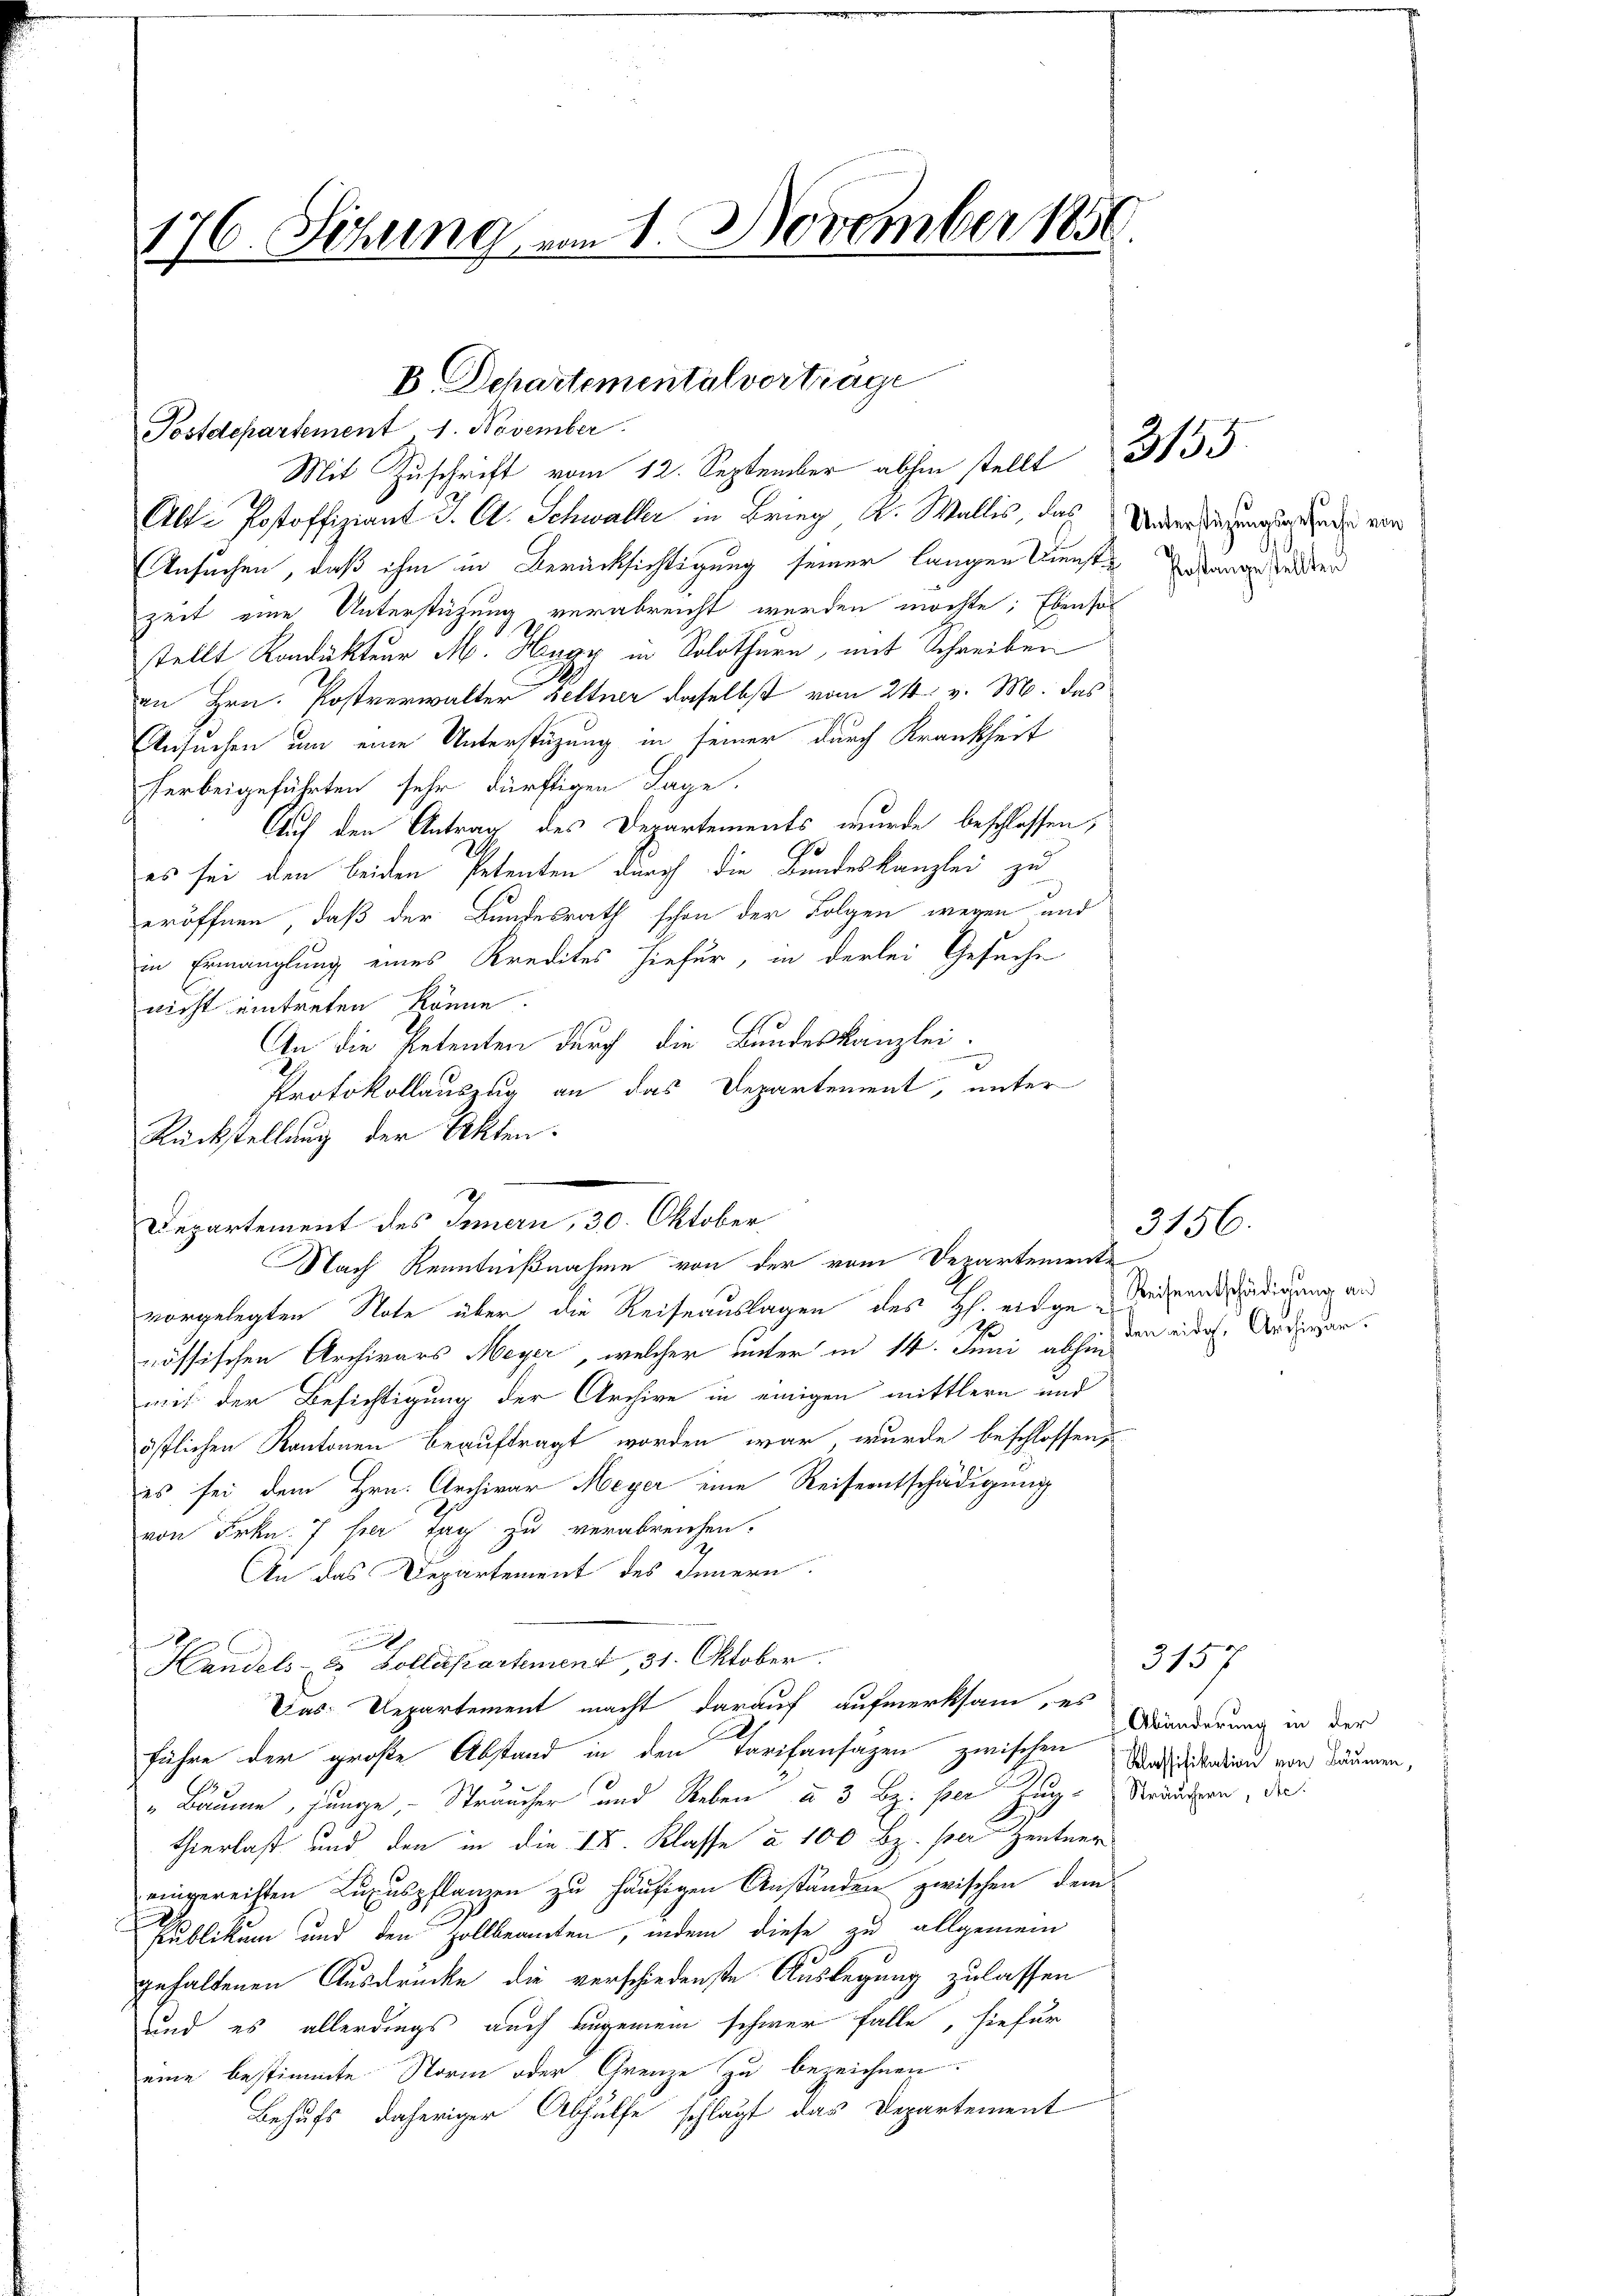
176. Sitzung vom 1. November 1856.

Postdepartement 1. November
Mit Zŭschrift vom 12. September am stellt 355
Alt-Postoffiziant J. C. Schwaller in Brieg K. Wallis, das
Ansuchen, daß ihm in Berücksichtigung seiner langen Dienst ange Zeiter
zeit eine Unterstüzung verabreicht werden möchte; Ebensol
stellt Kondukteur M. Hugy in Solothurn, mit Schreiben
an Hrn. Postverwalter seltner daselbst vom 24. v. M. das
Ansuchen um eine Unterstüzung in seiner durch Krankheit
herbeigeführten sehr dürftigen Tage.
Auf den Antrag des Departements wurde beschlossen,
7
es sei den beiden Petenten durch die Bundeskanzlei zu
eröffnen, daß der Bundesrath schon der Folgen wegen und
in Ermanglung eines Kredites hiefür, in derlei Gesuche
nicht eintreten könne.
1
An die Petenten durch die Bundeskanzlei.
Protokollauszug an das Departement, unter
Rückstellung der Akten.
vorgelegten Note über die Reiseauslagen des H. eidge-Weisenschädigung an
nössischen Archivars Meyer, welcher unter in 14. Juni abhin den eidg. Anderganmit der Besichtigung der Archive in einigen mittlern und
östlichen Kantonen beauftragt worden war, wurde beschlossen,
es sei dem Hrn. Archivar Meyer eine Reiseentschädigung
von Frkn. 7 ser Tag zu verabreichen.
An das Departement des Innern.

Handels- & Kollenpartement, 31. Oktober.
Das Departement macht darauf aufmerksam, es
führe der große Abstand in den Tarifansagen zwischen Vasilikation von Bäumen,
„Baume, junge Sträucher und Reben u. 3 Bz. per Zug- Sedungen, die
thierlaß und den in die 18. Klasse à 100 Bz. per Zentner
eingereichten Luxuspflanzen zu häufigen Anständen zwischen, dem
Publikum und den Zollbeamten, indem diese zu allgemein
gehaltenen Ausdrücke die verschiedenste Auslegung zulassen
und es allerdings auch angemein schwer falle, hiefür
eine bestimmte Norm oder Grenze zu bezeichnen.
Behufs daheriger Abhülfe schlägt das Departement

Departement des Innern, 30. Oktober

E. Schartementalvertrage

Nach Kenntnißnahme von der vom Departemente

Unterstüzungsgesuche von

3156.

3157
Abänderung in der